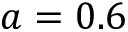
a = 0 . 6